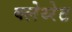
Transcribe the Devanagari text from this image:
क्लेथ्‍रेट